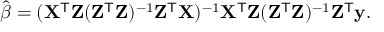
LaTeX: { \hat { \boldsymbol { \beta } } } = ( \mathbf { X } ^ { \mathsf { T } } \mathbf { Z } ( \mathbf { Z } ^ { \mathsf { T } } \mathbf { Z } ) ^ { - 1 } \mathbf { Z } ^ { \mathsf { T } } \mathbf { X } ) ^ { - 1 } \mathbf { X } ^ { \mathsf { T } } \mathbf { Z } ( \mathbf { Z } ^ { \mathsf { T } } \mathbf { Z } ) ^ { - 1 } \mathbf { Z } ^ { \mathsf { T } } \mathbf { y } .